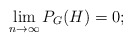
\begin{align*}\lim_{n \to \infty} P_G(H) = 0;\end{align*}